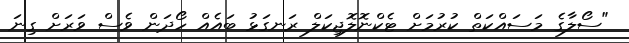
"ސޯލާގެ މަސައްކަތް ކުރުމަށް ޓެކްނޮލޮޖިކަލް ރަނގަޅު ބައެއް ހޯދަން ވެސް ވަރަށް ގިނަ